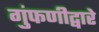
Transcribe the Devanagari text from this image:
गुंफणीद्वारे